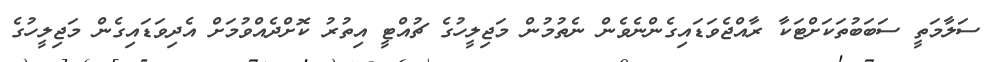
ސަލާމަތީ ސަބަބުތަކަށްޓަކާ ރާއްޖެވަޑައިގެންނެވެން ނެތުމުން މަޖިލީހުގެ ޗުއްޓީ އިތުރު ކޮށްދެއްވުމަށް އެދިވަޑައިގެން މަޖިލީހުގެ